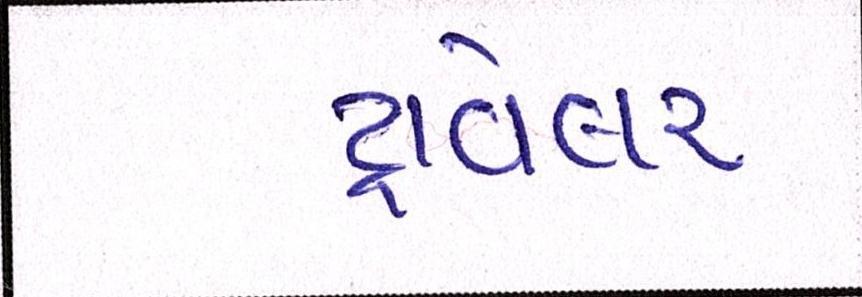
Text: ટ્રાવેલર